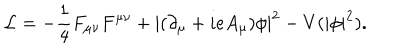
{ \cal L } = - \frac { 1 } { 4 } F _ { \mu \nu } F ^ { \mu \nu } + | ( \partial _ { \mu } + i e A _ { \mu } ) \phi | ^ { 2 } - V ( | \phi | ^ { 2 } ) .